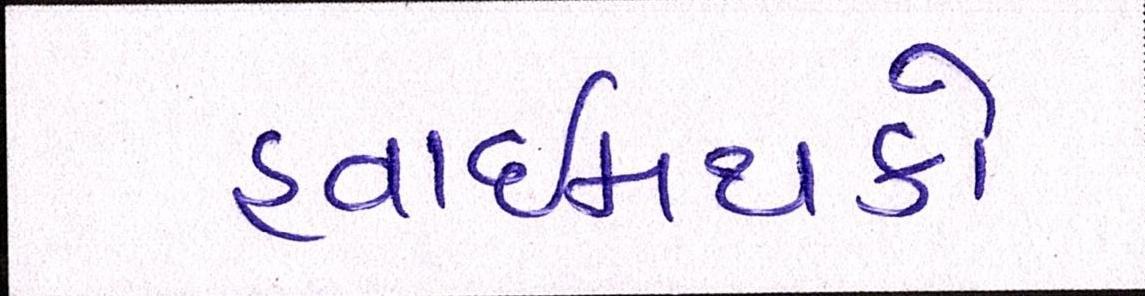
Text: હવાઈમથકો